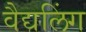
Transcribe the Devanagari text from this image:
वैद्यलिंग